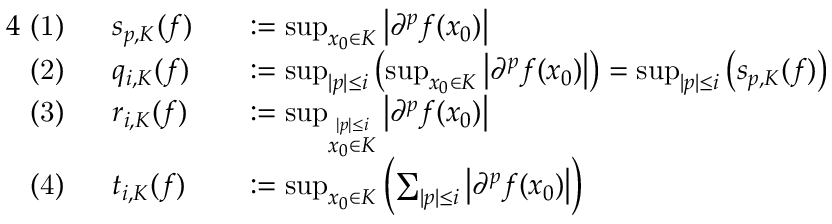
{ \begin{array} { r l r l } { { 4 } { \mathrm { ~ ( 1 ) ~ } } \ } & { s _ { p , K } ( f ) } & & { : = \operatorname* { s u p } _ { x _ { 0 } \in K } \left| \partial ^ { p } f ( x _ { 0 } ) \right| } \\ { { \mathrm { ~ ( 2 ) ~ } } \ } & { q _ { i , K } ( f ) } & & { : = \operatorname* { s u p } _ { | p | \leq i } \left( \operatorname* { s u p } _ { x _ { 0 } \in K } \left| \partial ^ { p } f ( x _ { 0 } ) \right| \right) = \operatorname* { s u p } _ { | p | \leq i } \left( s _ { p , K } ( f ) \right) } \\ { { \mathrm { ~ ( 3 ) ~ } } \ } & { r _ { i , K } ( f ) } & & { : = \operatorname* { s u p } _ { \stackrel { | p | \leq i } { x _ { 0 } \in K } } \left| \partial ^ { p } f ( x _ { 0 } ) \right| } \\ { { \mathrm { ~ ( 4 ) ~ } } \ } & { t _ { i , K } ( f ) } & & { : = \operatorname* { s u p } _ { x _ { 0 } \in K } \left( \sum _ { | p | \leq i } \left| \partial ^ { p } f ( x _ { 0 } ) \right| \right) } \end{array} }